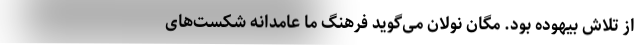
از تلاش بیهوده بود. مگان نولان می‌گوید فرهنگ ما عامدانه شکست‌های